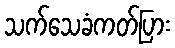
သက်သေခံကတ်ပြား